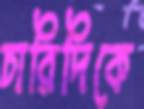
চারিদিকে